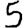
Digit: 5